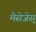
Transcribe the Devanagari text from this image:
मेसेजेस्